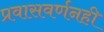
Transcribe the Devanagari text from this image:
प्रवासवर्णनही